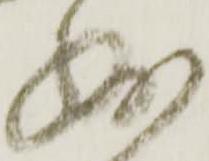
残